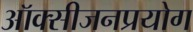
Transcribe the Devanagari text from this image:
ऑक्सीजनप्रयोग